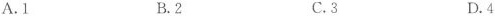
A.1 B.2 C.3 D.4